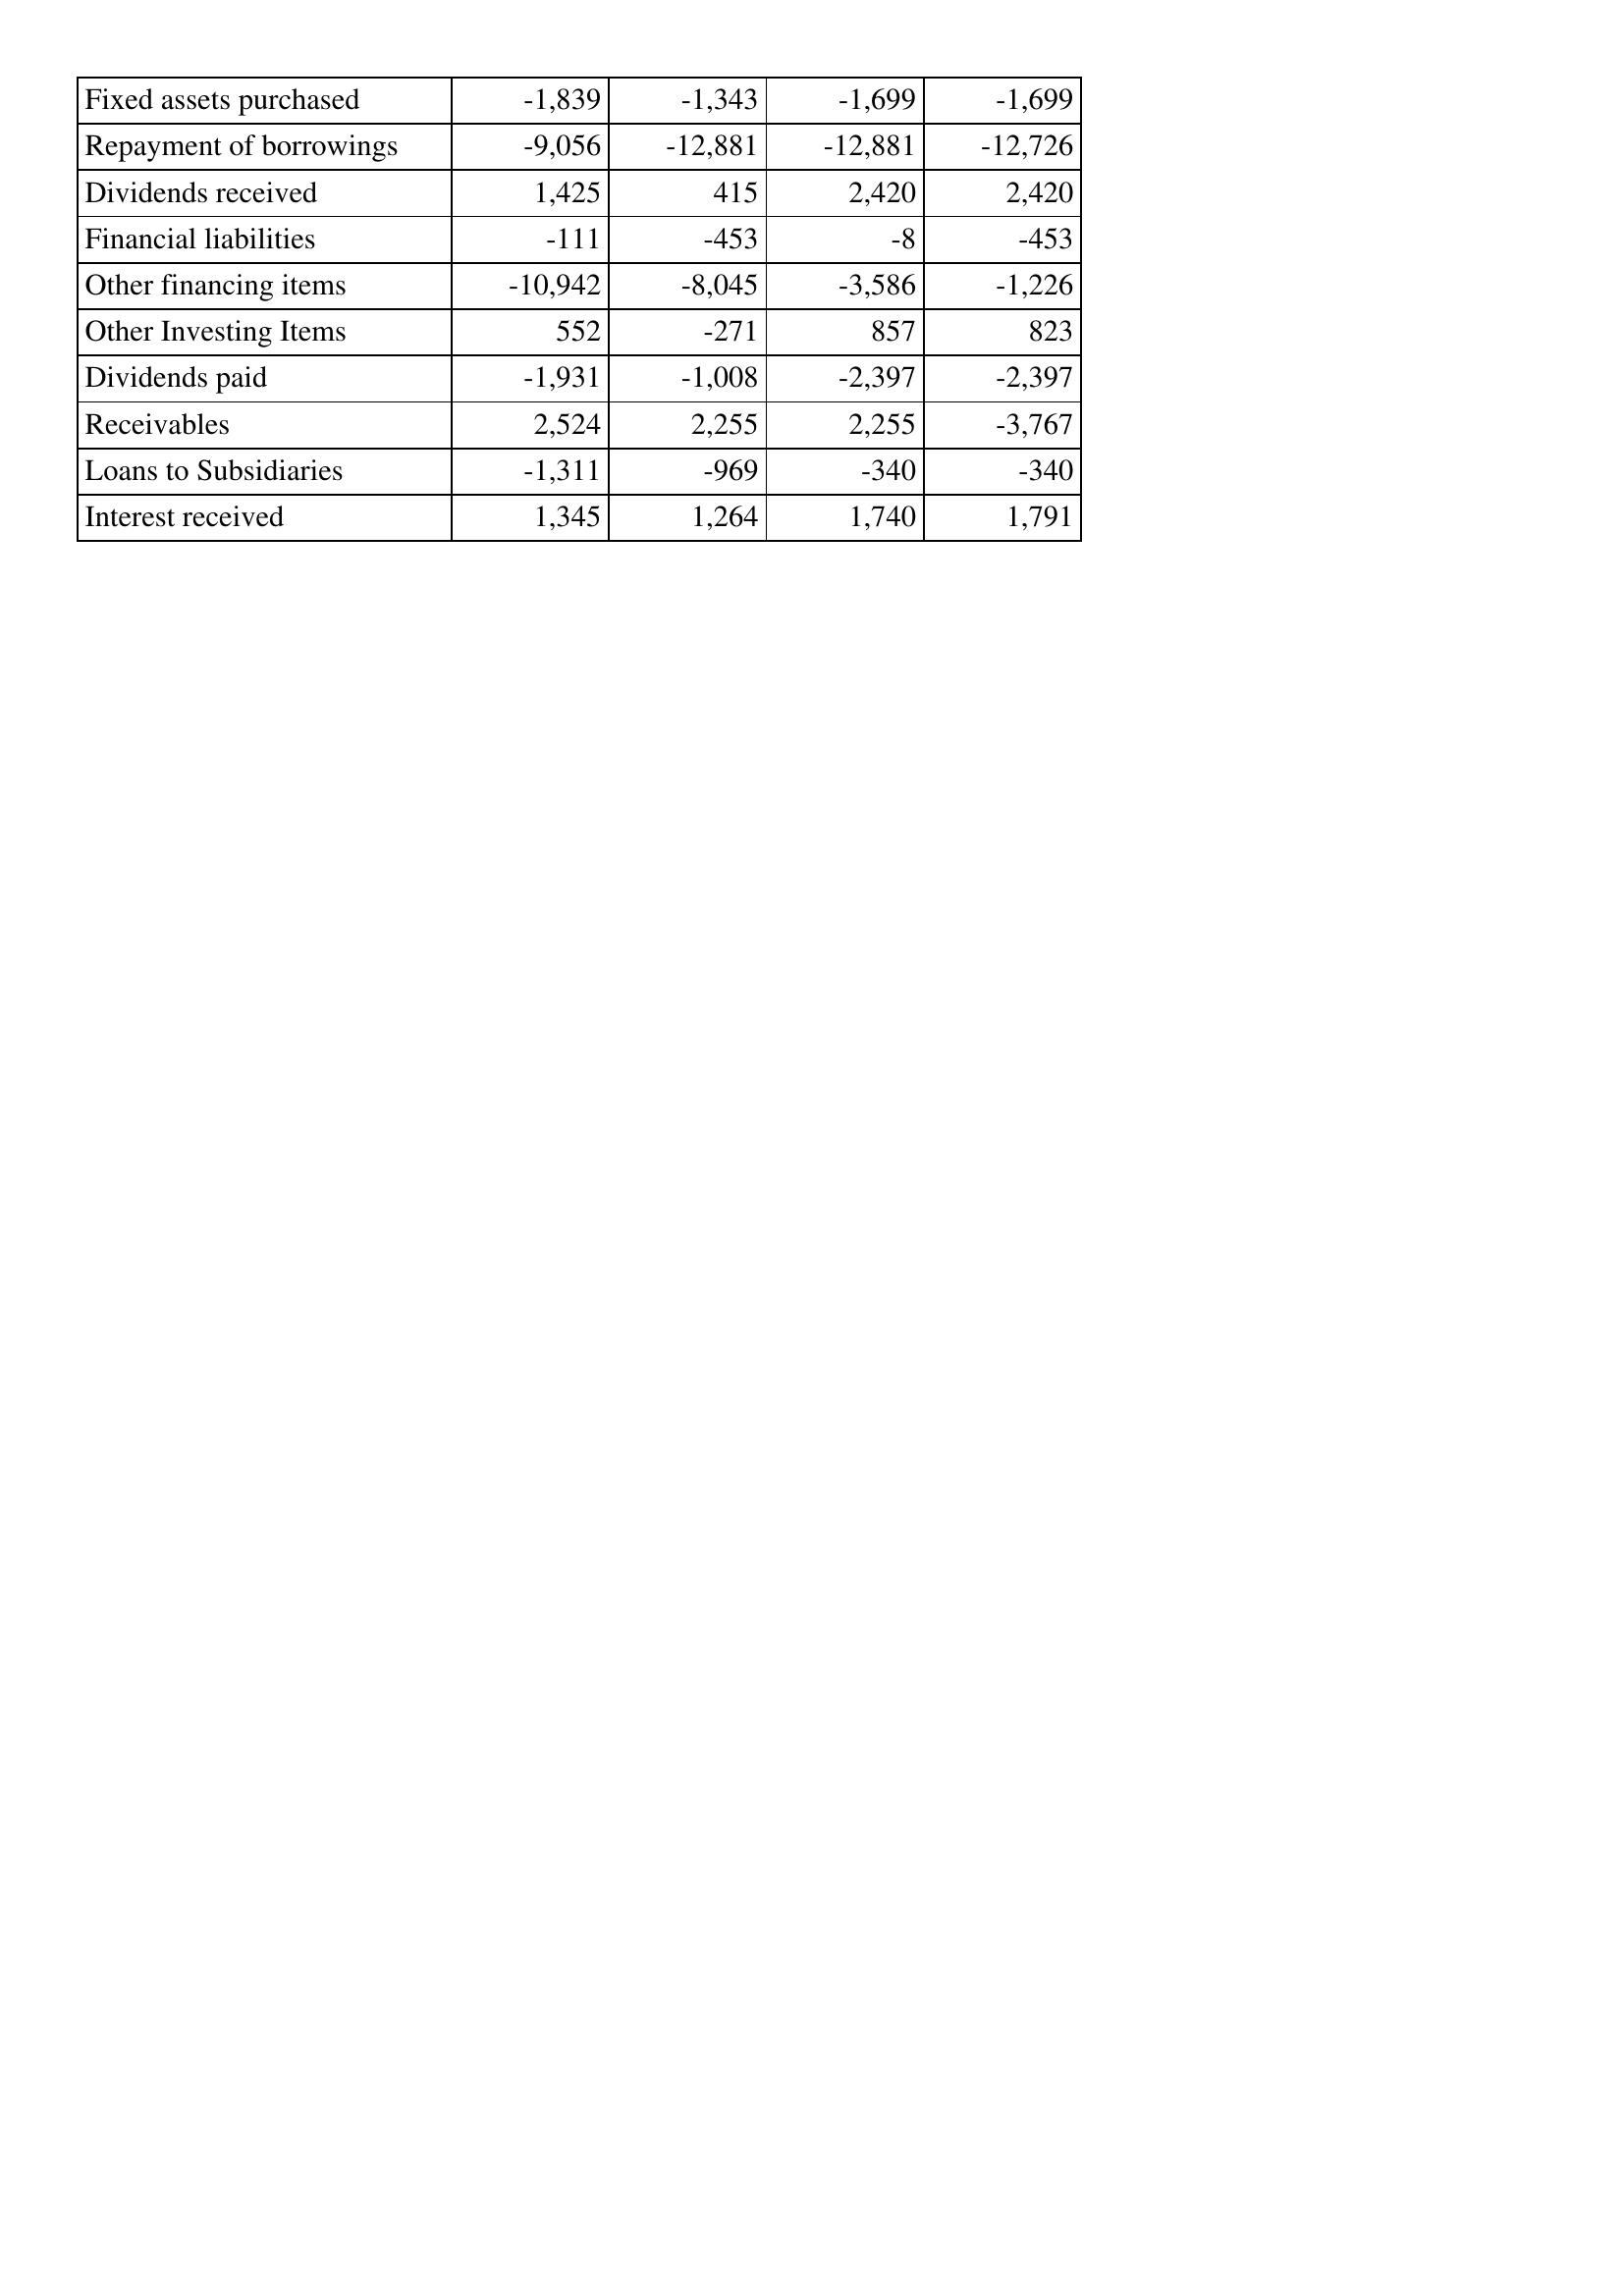
Mar-11: Cash Flows: Fixed assets purchased: -1,839
Repayment of borrowings: -9,056
Dividends received: 1,425
Financial liabilities: -111
Other financing items: -10,942
Other Investing Items: 552
Dividends paid: -1,931
Receivables: 2,524
Loans to Subsidiaries: -1,311
Interest received: 1,345
Mar-10: Cash Flows: Fixed assets purchased: -1,343
Repayment of borrowings: -12,881
Dividends received: 415
Financial liabilities: -453
Other financing items: -8,045
Other Investing Items: -271
Dividends paid: -1,008
Receivables: 2,255
Loans to Subsidiaries: -969
Interest received: 1,264
Mar-09: Cash Flows: Fixed assets purchased: -1,699
Repayment of borrowings: -12,881
Dividends received: 2,420
Financial liabilities: -8
Other financing items: -3,586
Other Investing Items: 857
Dividends paid: -2,397
Receivables: 2,255
Loans to Subsidiaries: -340
Interest received: 1,740
Mar-08: Cash Flows: Fixed assets purchased: -1,699
Repayment of borrowings: -12,726
Dividends received: 2,420
Financial liabilities: -453
Other financing items: -1,226
Other Investing Items: 823
Dividends paid: -2,397
Receivables: -3,767
Loans to Subsidiaries: -340
Interest received: 1,791